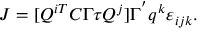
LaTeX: J = [ Q ^ { i T } C \Gamma \tau Q ^ { j } ] \Gamma ^ { ' } q ^ { k } \varepsilon _ { i j k } .